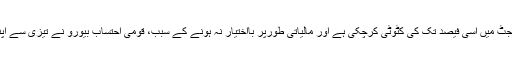
موجودہ حکومت اس کے بجٹ میں اسّی فیصد تک کی کٹوٹی کرچکی ہے اور مالیاتی طورپر بااختیار نہ ہونے کے سبب، قومی احتساب بیورو نے تیزی سے اپنے حجم میں کمی کی ہے۔